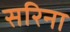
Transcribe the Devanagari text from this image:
सरिना